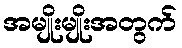
အမျိုးမျိုးအတွက်